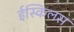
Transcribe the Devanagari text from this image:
ईस्किलस